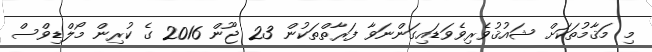
މި މަޤާމުތަކަށް ޝައުޤުވެރިވެވަޑައިގަންނަވާ ފަރާތްތަކުން 23 ޖޫން 2016 ގެ ކުރިން މޯލްޑިވްސް